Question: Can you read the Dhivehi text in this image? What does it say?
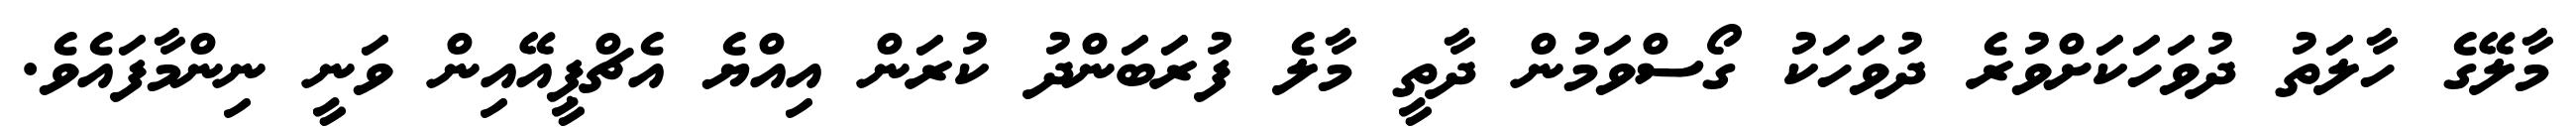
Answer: މާލޭގެ ހާލަތު ދުވަހަކަށްވުރެ ދުވަހަކު ގޯސްވަމުން ދާތީ މާލެ ފުރަބަންދު ކުރަން އިއްޔެ އެޗްޕީއޭއިން ވަނީ ނިންމާފައެވެ.